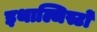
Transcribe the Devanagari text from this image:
इथाल्जिस्टों